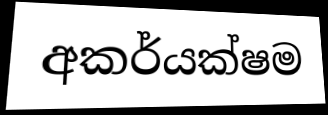
අකර්යක්ෂම